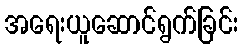
အရေးယူဆောင်ရွက်ခြင်း